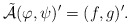
\begin{align*}\tilde{\mathcal{A}} (\varphi, \psi)' = (f, g)'.\end{align*}